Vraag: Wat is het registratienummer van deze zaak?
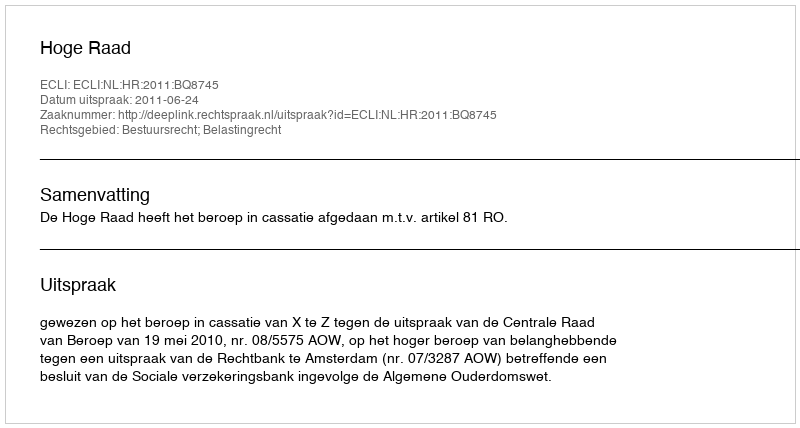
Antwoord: http://deeplink.rechtspraak.nl/uitspraak?id=ECLI:NL:HR:2011:BQ8745